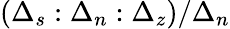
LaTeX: (\Delta_{s}:\Delta_{n}:\Delta_{z})/\Delta_{n}